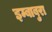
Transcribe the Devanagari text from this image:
इम्बाबुरा